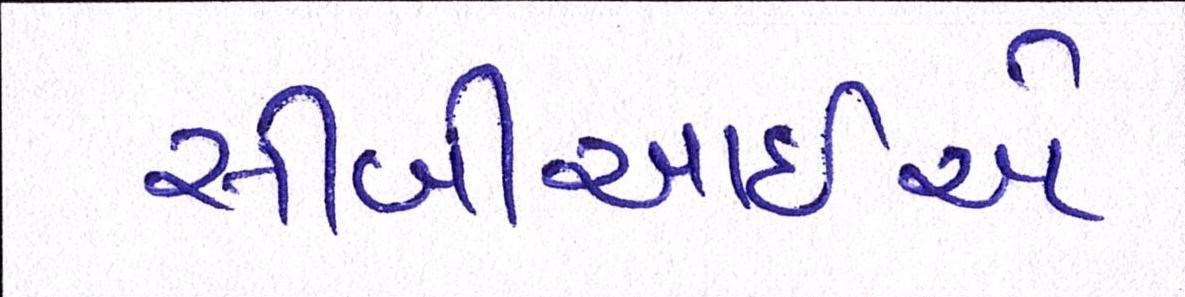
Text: સીબીઆઇએ